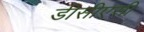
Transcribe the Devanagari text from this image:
डीसीएसी